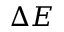
\Delta E